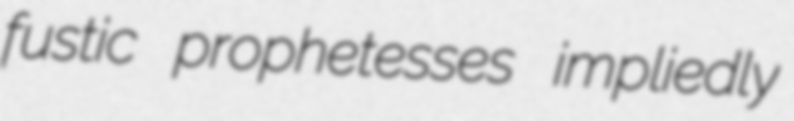
fustic prophetesses impliedly